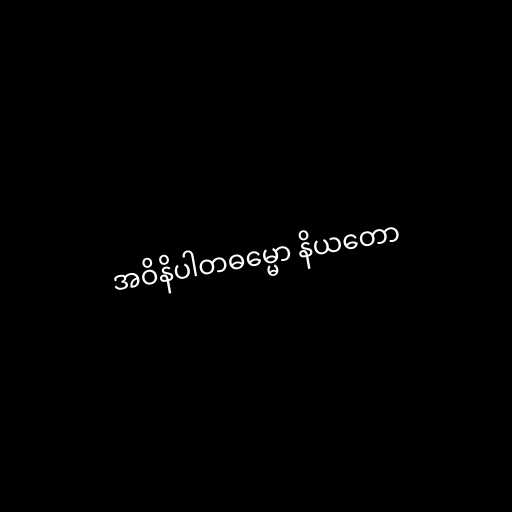
အဝိနိပါတဓမ္မော နိယတော